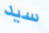
سيد